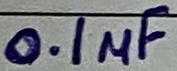
Text: 0.1µF